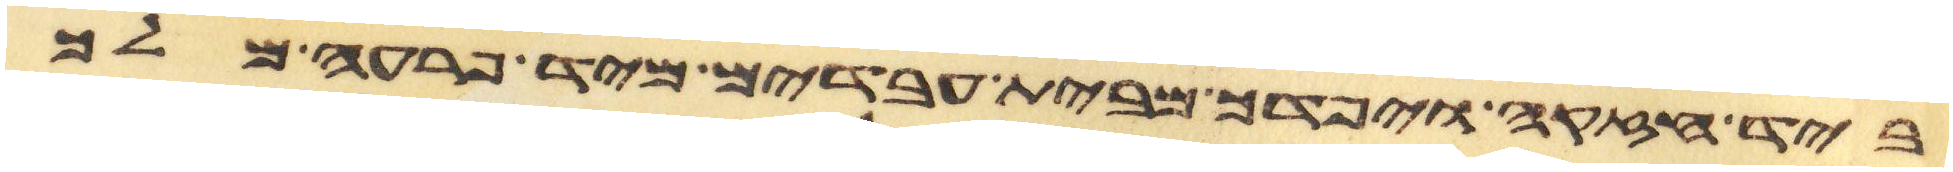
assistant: ביד חזקה ויפדך מבית עבדים מיד פרעה מלך